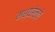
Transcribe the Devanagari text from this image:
मध्यरेल्वे